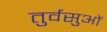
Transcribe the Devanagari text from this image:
तुर्वसुओं